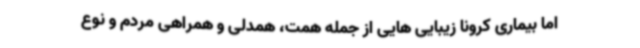
اما بیماری کرونا زیبایی هایی از جمله همت، همدلی و همراهی مردم و نوع